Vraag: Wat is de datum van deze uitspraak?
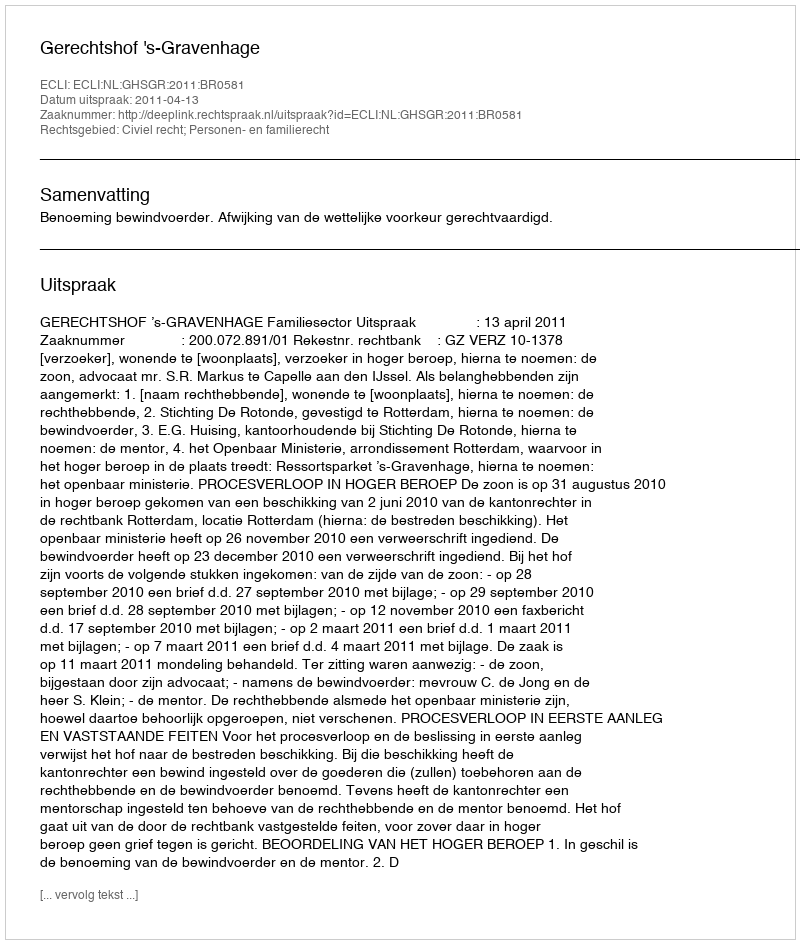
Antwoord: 2011-04-13